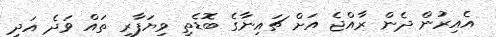
އެއިރުން ދެން ރާއްޖެ އަށް ޗައިނާގެ ބޮޑެތި ވިޔަފާރި ތައް ވަދެ އަދި